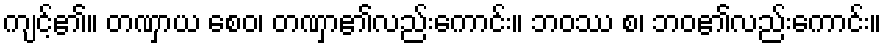
ကျင့်၏။ တဏှာယ စေဝ၊ တဏှာ၏လည်းကောင်း။ ဘဝဿ စ၊ ဘဝ၏လည်းကောင်း။